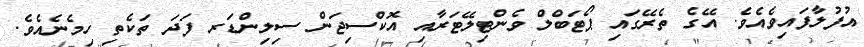
އުފުލާފައިވެއެވެ. އޭގެ ތެރޭގައި ޕޯޓަބްލް ވެންޓިލޭޓަރާއި އޮކްސިޖަން ސިލިންޑަރ ފަދަ ތަކެތި ހިމެނެއެވެ.